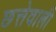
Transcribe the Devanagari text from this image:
छत्तेवाली